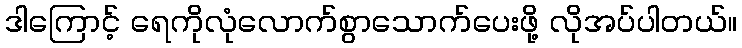
ဒါကြောင့် ရေကိုလုံလောက်စွာသောက်ပေးဖို့ လိုအပ်ပါတယ်။